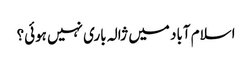
اسلام آباد میں ژالہ باری نہیں ہوئی؟